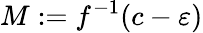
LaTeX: M:=f^{-1}(c-\varepsilon)